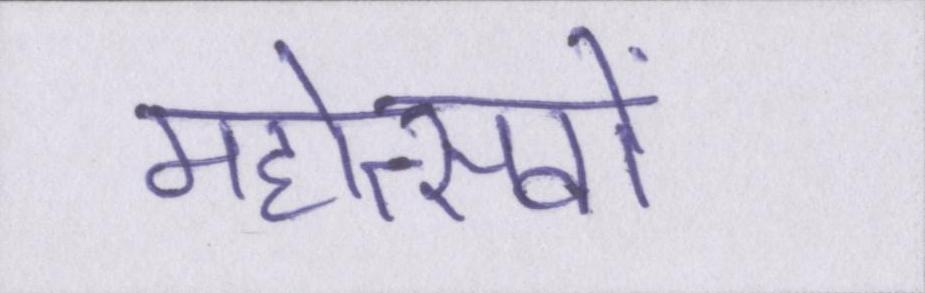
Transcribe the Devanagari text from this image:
महोत्सवों